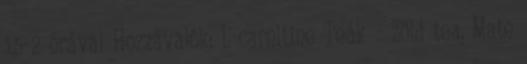
1,5-2 órával Hozzávalók: L-carnitine Teák - Zöld tea, Mate